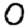
Digit: 0